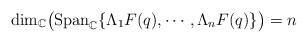
LaTeX: \begin{align*}\mathrm{dim}_{\mathbb{C}}\big(\mathrm{Span}_{\mathbb{C}} \{\Lambda_1 F(q), \cdots, \Lambda_n F(q)\}\big)=n\end{align*}